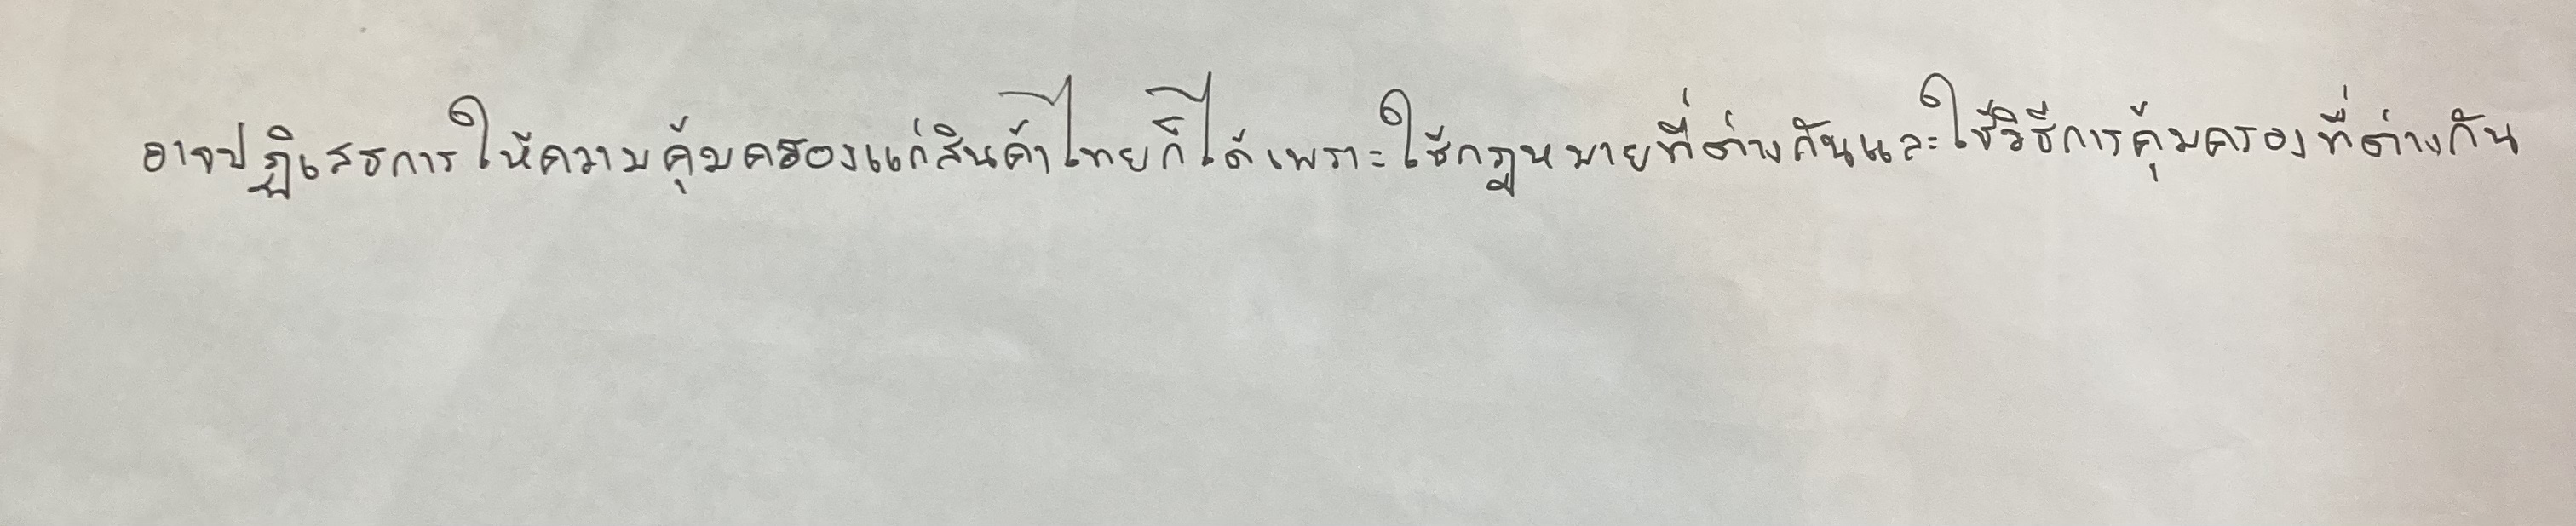
อาจปฏิเสธการให้ความคุ้มครองแก่สินค้าไทยก็ได้เพราะใช้กฏหมายที่ต่างกันและใช้วิธีการคุ้มครองที่ต่างกัน